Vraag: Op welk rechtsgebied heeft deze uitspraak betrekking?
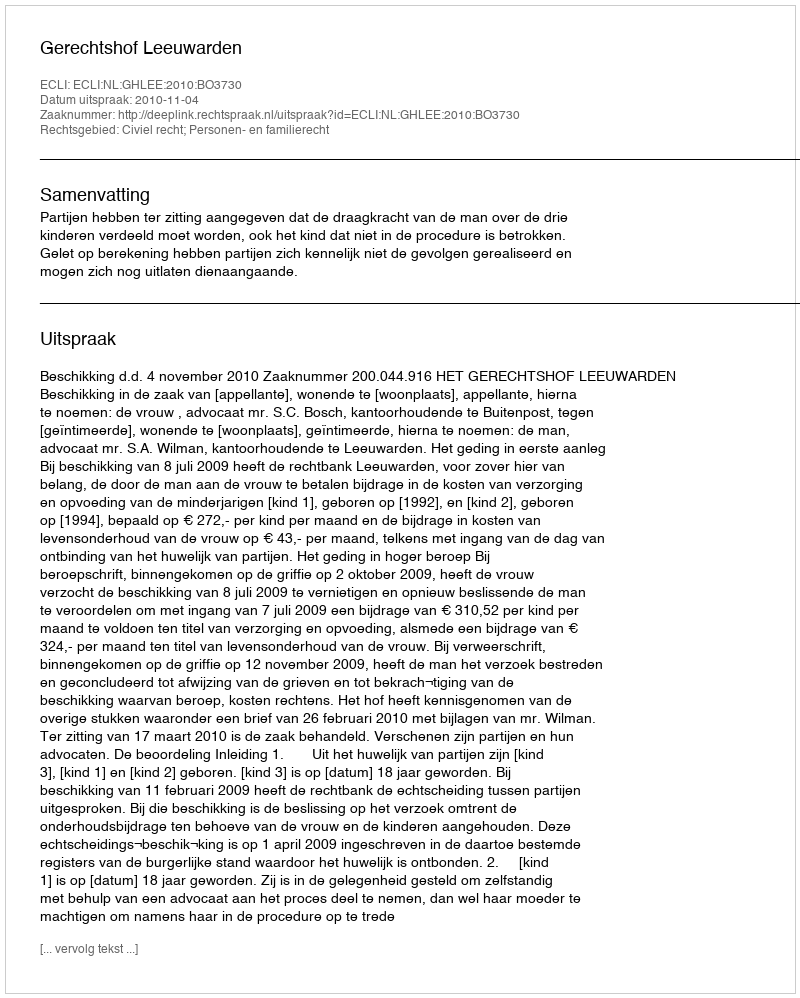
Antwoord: Civiel recht; Personen- en familierecht